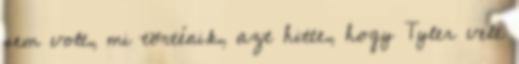
sem volt, mi történik, azt hitte, hogy Tyler vele